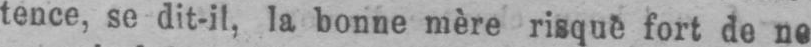
tence, se dit-il, la bonne mère risque fort de ne